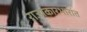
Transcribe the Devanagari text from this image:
राज्यकारभारांत